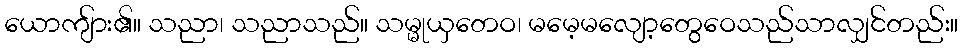
ယောကျ်ား၏။ သညာ၊ သညာသည်။ သမ္မုယှတေဝ၊ မမေ့မလျော့တွေဝေသည်သာလျှင်တည်း။